Technical education in continuation classes, 1936
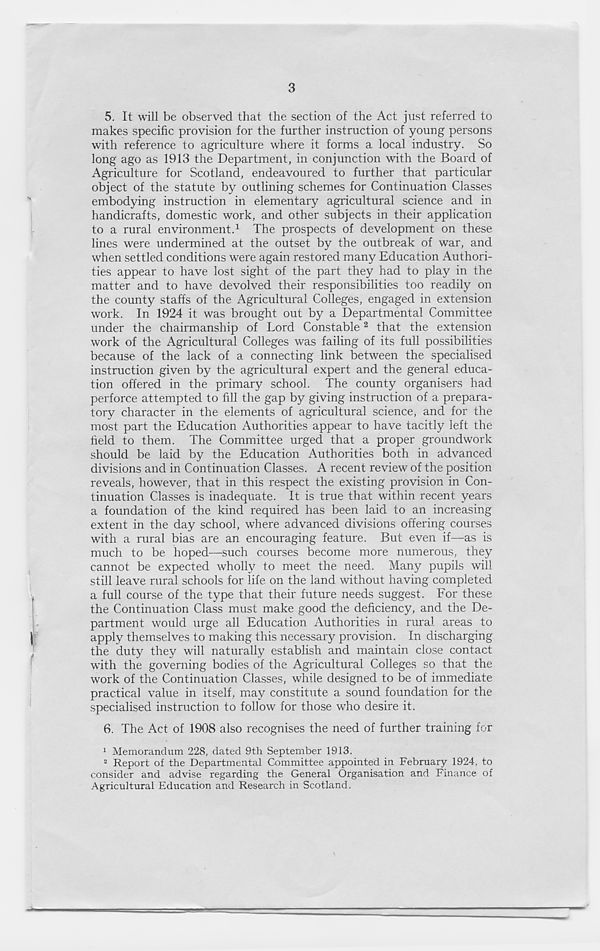
3
5. It will be observed that the section of the Act just referred to
makes specific provision for the further instruction of young persons
with reference to agriculture where it forms a local industry. So
long ago as 1913 the Department, in conjunction with the Board of
Agriculture for Scotland, endeavoured to further that particular
object of the statute by outlining schemes for Continuation Classes
embodying instruction in elementary agricultural science and in
handicrafts, domestic work, and other subjects in their application
to a rural environment. 1 The prospects of development on these
lines were undermined at the outset by the outbreak of war, and
when settled conditions were again restored many Education Authori-
ties appear to have lost sight of the part they had to play in the
matter and to have devolved their responsibilities too readily on
the county staffs of the Agricultural Colleges, engaged in extension
work. In 1924 it was brought out by a Departmental Committee
under the chairmanship of Lord Constable 2 that the extension
work of the Agricultural Colleges was failing of its full possibilities
because of the lack of a connecting link between the specialised
instruction given by the agricultural expert and the general educa-
tion offered in the primary school. The county organisers had
perforce attempted to fill the gap by giving instruction of a prepara-
tory character in the elements of agricultural science, and for the
most part the Education Authorities appear to have tacitly left the
field to them. The Committee urged that a proper groundwork
should be laid by the Education Authorities both in advanced
divisions and in Continuation Classes. A recent review of the position
reveals, however, that in this respect the existing provision in Con-
tinuation Classes is inadequate. It is true that within recent years
a foundation of the kind required has been laid to an increasing
extent in the day school, where advanced divisions offering courses
with a rural bias are an encouraging feature. But even if—as is
much to be hoped—-such courses become more numerous, they
cannot be expected wholly to meet the need. Many pupils will
still leave rural schools for life on the land without having completed
a full course of the type that their future needs suggest. For these
the Continuation Class must make good the deficiency, and the De-
partment would urge all Education Authorities in rural areas to
apply themselves to making this necessary provision. In discharging
the duty they wall naturally establish and maintain close contact
with the governing bodies of the Agricultural Colleges so that the
work of the Continuation Classes, while designed to be of immediate
practical value in itself, may constitute a sound foundation for the
specialised instruction to follow for those who desire it.
6. The Act of 1908 also recognises the need of further training for
1 Memorandum 228, dated 9th September 1913.
2 Report of the Departmental Committee appointed in February 1924, to
consider and advise regarding the General Organisation and Finance of
Agricultural Education and Research in Scotland.